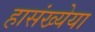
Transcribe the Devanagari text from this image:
हासंख्येया